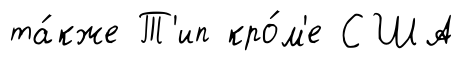
та́кже Т'ип кро́м'е США